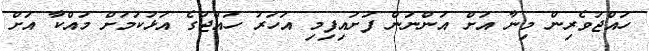
ހައްޖުވެރިން މިނާ އަށް އަންނަން ފަށައިފިމި އަހަރު ހައްޖުގެ އަޅުކަމަށް މައްކާ އަށް